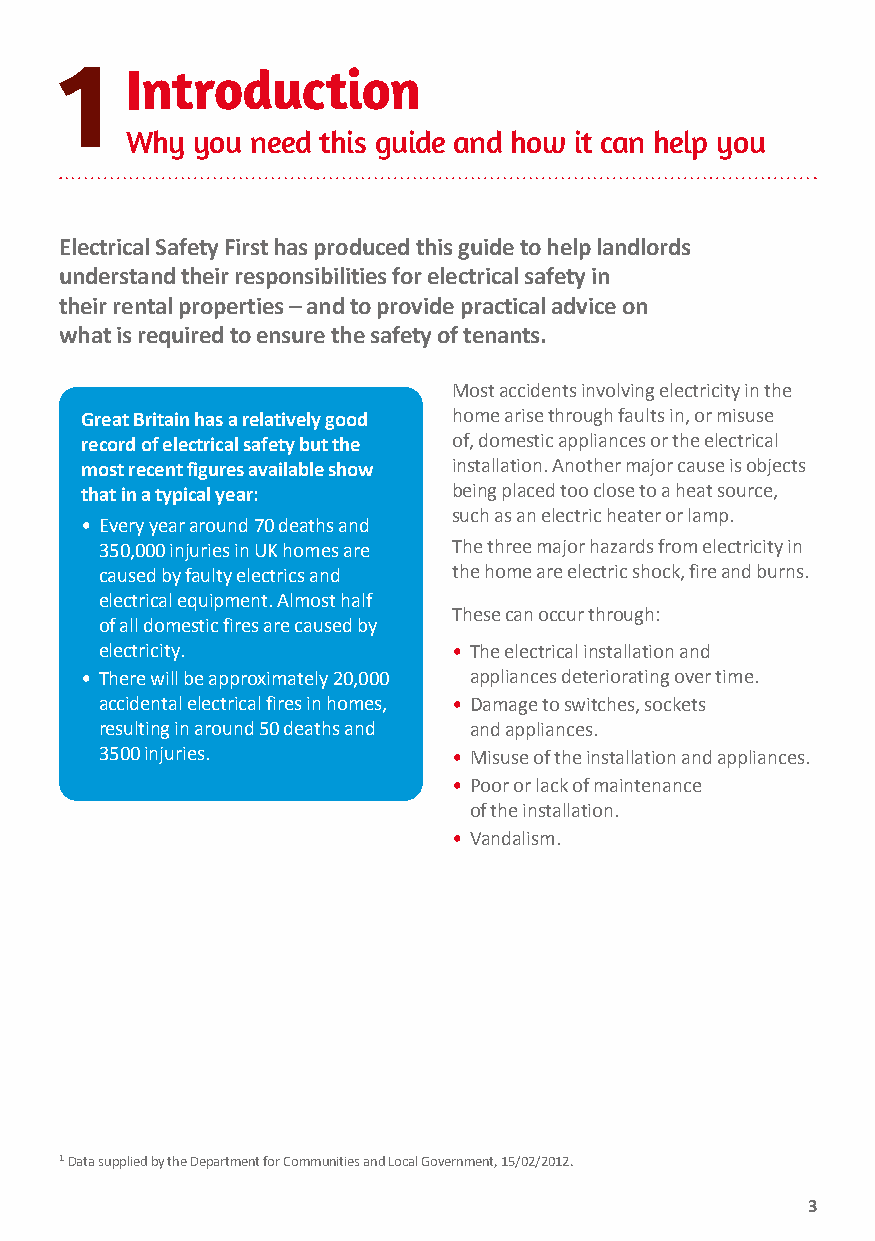
1
 Introduction
 Why  you need this guide and how it can help you
 Electrical Safety First has produced this guide to help landlords
 understand their responsibilities for electrical safety in
 their rental properties – and to provide practical advice on
 what is required to ensure the safety of tenants.
 Most accidents involving electricity in the
 Great Britain has a relatively good home arise through faults in, or misuse
 record of electrical safety but the of, domestic appliances or the electrical
 most recent figures available show installation. Another major cause is objects
 that in a typical year:  being placed too close to a heat source,
 such as an electric heater or lamp.
 • Every year around 70 deaths and
 350,000 injuries in UK homes are The three major hazards from electricity in
 caused by faulty electrics and the home are electric shock, fire and burns.
 electrical equipment. Almost half
 These can occur through:
 of all domestic fires are caused by
 electricity.           • The electrical installation and
 • There will be approximately 20,000 appliances deteriorating over time.
 accidental electrical fires in homes, • Damage to switches, sockets
 resulting in around 50 deaths and and appliances.
 3500 injuries.         • Misuse of the installation and appliances.
 • Poor or lack of maintenance
 of the installation.
 • Vandalism.
 1Data supplied by the Department for Communities and Local Government, 15/02/2012.
 3